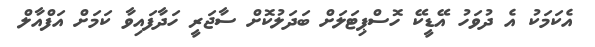
އެކަމަކު އެ ދުވަހު އޭޑީކޭ ހޮސްޕިޓަލަށް ބަދަލުކޮށް ސާޖަރީ ހަދާފައިވާ ކަމަށް އަފްއާލް